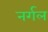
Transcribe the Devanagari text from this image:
नर्गल